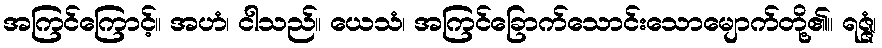
အကြင်ကြောင့်။ အဟံ၊ ငါသည်။ ယေသံ၊ အကြင်ခြောက်သောင်းသောမျောက်တို့၏။ ရဇ္ဇံ၊